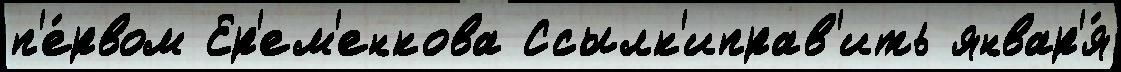
п'е́рвом Ер'ем'енкова Ссылк'иправ'ить январ'я́